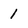
Character: 1